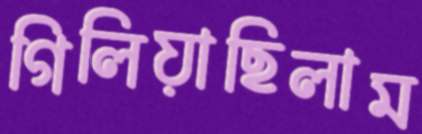
গিলিয়াছিলাম